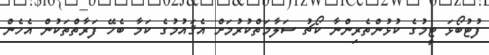
ފުޓުބޯޅަ ޓީމުގެ ކުޅުންތެރިންނާ ކޯޗު ސަލާމަތްކުރުމަށް އެޤައުމުގެ ކަމާ ބެހޭ ފަރާތްތަކުން އެހެން